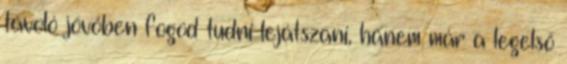
távoló jövőben fogod tudni lejátszani, hanem már a legelső